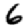
Digit: 6